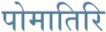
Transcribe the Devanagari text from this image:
पोमातिरि